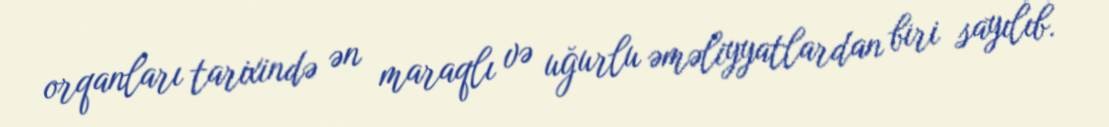
orqanları tarixində ən maraqlı və uğurlu əməliyyatlardan biri sayılıb.